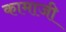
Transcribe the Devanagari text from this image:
कामाजी